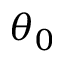
\theta _ { 0 }